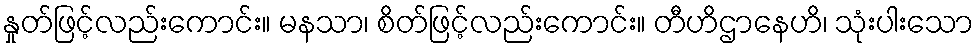
နှုတ်ဖြင့်လည်းကောင်း။ မနသာ၊ စိတ်ဖြင့်လည်းကောင်း။ တီဟိဌာနေဟိ၊ သုံးပါးသော